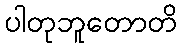
ပါတုဘူတောတိ